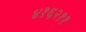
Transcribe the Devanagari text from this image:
४१६२११